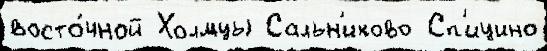
восто́чной Холмцы Сальн'иково Сп'ицино